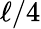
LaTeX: \ell/4